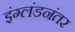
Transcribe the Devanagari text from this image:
इंग्लंडनंतर